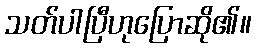
သတ်ပါပြီဟုပြောဆို၏။